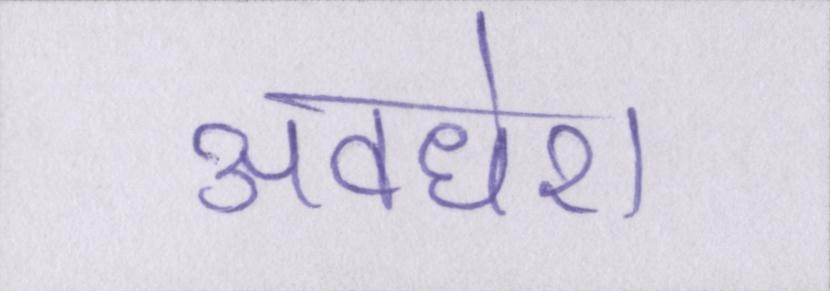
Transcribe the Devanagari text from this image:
अवधेश